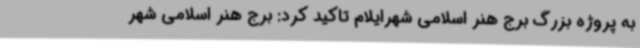
به پروژه بزرگ برج هنر اسلامی شهرایلام تاکید کرد: برج هنر اسلامی شهر